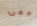
معى